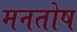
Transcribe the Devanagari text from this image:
मनतोष